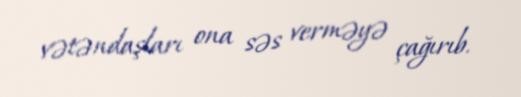
vətəndaşları ona səs verməyə çağırıb.